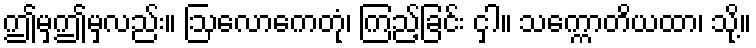
ဤမှဤမှလည်း။ ဩလောကေတုံ၊ ကြည့်ခြင်း ငှါ။ သက္ကောတိယထာ၊ သို့။